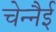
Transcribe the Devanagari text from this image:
चेन्नैई